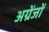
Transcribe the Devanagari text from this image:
अग्रेंजों